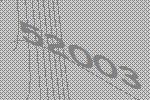
52003